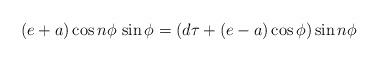
LaTeX: \begin{align*}(e+a)\cos n\phi\,\sin \phi = (d\tau + (e-a)\cos \phi)\sin n\phi\end{align*}